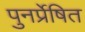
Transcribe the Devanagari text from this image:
पुनर्प्रेषित